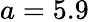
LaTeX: a=5.9